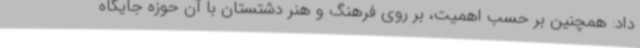
داد: همچنین بر حسب اهمیت، بر روی فرهنگ و هنر دشتستان با آن حوزه جایگاه